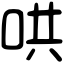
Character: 哄